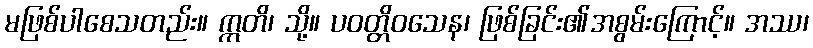
မဖြစ်ပါစေသတည်း။ ဣတိ၊ သို့။ ပဝတ္တိဝသေန၊ ဖြစ်ခြင်း၏အစွမ်းကြောင့်။ အဿ၊